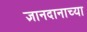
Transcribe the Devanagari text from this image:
ज्ञानदानाच्या